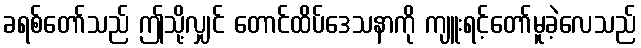
ခရစ်တော်သည် ဤသို့လျှင် တောင်ထိပ်ဒေသနာကို ကျူးရင့်တော်မူခဲ့လေသည်